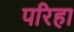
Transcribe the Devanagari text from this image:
परिहा